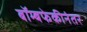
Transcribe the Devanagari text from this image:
बॉम्बफेकीनंतर